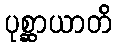
ပုစ္ဆာယာတိ